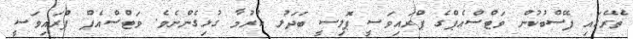
ތެރޭގައި ފޭސްބުކުން ވަޓްސްއެޕްގެ ޕްރައިވަސީ ޕޮލިސީ ބަދަލު ކުރުމާ ގުޅިގެންނެވެ. ވަޓްސްއެޕް ޕްރައިވަސީ